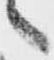
へ